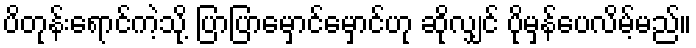
ပိတုန်းရောင်ကဲ့သို့ ပြာပြာမှောင်မှောင်ဟု ဆိုလျှင် ပိုမှန်ပေလိမ့်မည်။